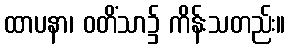
ထာပနာ၊ ဝတိံသာ၌ ကိန်းသတည်း။